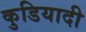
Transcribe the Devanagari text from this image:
कुडियादी